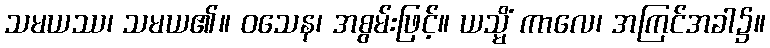
သမယဿ၊ သမယ၏။ ဝသေန၊ အစွမ်းဖြင့်။ ယသ္မိံ ကာလေ၊ အကြင်အခါ၌။